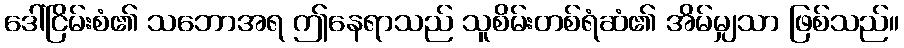
ဒေါ်ငြိမ်းစံ၏ သဘောအရ ဤနေရာသည် သူစိမ်းတစ်ရံဆံ၏ အိမ်မျှသာ ဖြစ်သည်။